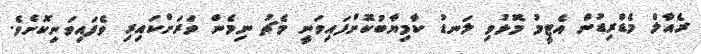
ރެއާލް މެޑްރިޑުން އެޓީމު މޮޅުވި ލަނޑު ކާމިޔާބުކޮށްފައިވަނީ މެޗު ނިމެން ވަރަށްކައިރި ވެފައިވަނިކޮށެވެ.